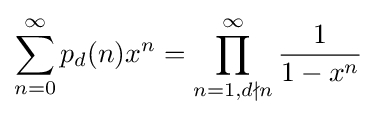
\sum _{n=0}^{\infty }p_{d}(n)x^{n}=\prod _{n=1,d\nmid n}^{\infty }{\frac {1}{1-x^{n}}}